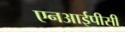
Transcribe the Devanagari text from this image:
एनआईपीसी